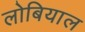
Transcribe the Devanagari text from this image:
लोबियाल